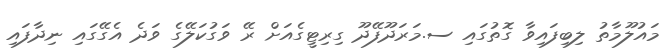
މައުލޫމާތު ލިބިފައިވާ ގޮތުގައި ސ.މަރަދޫފޭދޫ ގިރިޓީގެއަށް ރޭ ވަގުކަލޭގެ ވަދެ އެގޭގައި ނިދާފައި